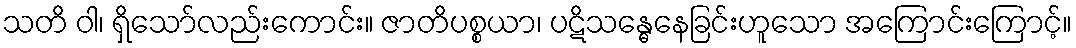
သတိ ဝါ၊ ရှိသော်လည်းကောင်း။ ဇာတိပစ္စယာ၊ ပဋိသန္ဓေနေခြင်းဟူသော အကြောင်းကြောင့်။